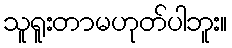
သူရူးတာမဟုတ်ပါဘူး။